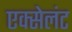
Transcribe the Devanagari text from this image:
एक्सेलंट